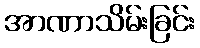
အာဏာသိမ်းခြင်း